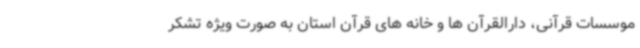
موسسات قرآنی، دارالقرآن ها و خانه های قرآن استان به صورت ویژه تشکر